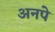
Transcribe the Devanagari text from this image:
अनपे